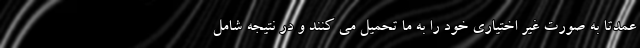
عمدتا به صورت غیر اختیاری خود را به ما تحمیل می کنند و در نتیجه شامل